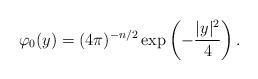
LaTeX: \begin{align*}\varphi_0(y) = (4\pi)^{-n/2} \exp \left( -\frac{|y|^2}{4} \right).\end{align*}